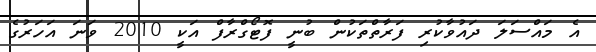
އެ މައްސަލަ ދައުވާކުރި ފަރާތްތަކުން ބުނީ ފޮޓޯގްރާފް އަކީ 2010 ވަނަ އަހަރުގެ